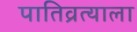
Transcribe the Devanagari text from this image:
पातिव्रत्याला